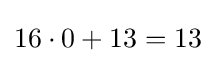
16\cdot 0+13=13